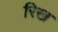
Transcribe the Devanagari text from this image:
रिख